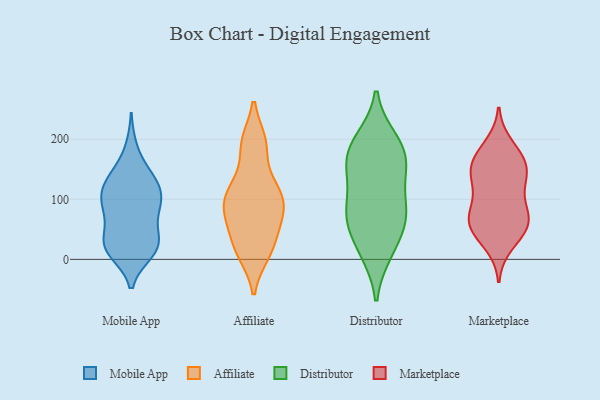
{"axis": {"x": "Energy Usage (MWh)", "y": "Value"}, "legend": ["Affiliate", "Distributor", "Marketplace", "Mobile App"], "data": [{"x": "", "y": 117, "type": "Mobile App"}, {"x": "", "y": 28, "type": "Mobile App"}, {"x": "", "y": 20, "type": "Mobile App"}, {"x": "", "y": 91, "type": "Mobile App"}, {"x": "", "y": 29, "type": "Mobile App"}, {"x": "", "y": 103, "type": "Mobile App"}, {"x": "", "y": 19, "type": "Mobile App"}, {"x": "", "y": 64, "type": "Mobile App"}, {"x": "", "y": 91, "type": "Mobile App"}, {"x": "", "y": 28, "type": "Mobile App"}, {"x": "", "y": 139, "type": "Mobile App"}, {"x": "", "y": 13, "type": "Mobile App"}, {"x": "", "y": 18, "type": "Mobile App"}, {"x": "", "y": 90, "type": "Mobile App"}, {"x": "", "y": 133, "type": "Mobile App"}, {"x": "", "y": 80, "type": "Mobile App"}, {"x": "", "y": 183, "type": "Mobile App"}, {"x": "", "y": 123, "type": "Mobile App"}, {"x": "", "y": 133, "type": "Mobile App"}, {"x": "", "y": 87, "type": "Affiliate"}, {"x": "", "y": 119, "type": "Affiliate"}, {"x": "", "y": 194, "type": "Affiliate"}, {"x": "", "y": 11, "type": "Affiliate"}, {"x": "", "y": 75, "type": "Affiliate"}, {"x": "", "y": 78, "type": "Affiliate"}, {"x": "", "y": 116, "type": "Affiliate"}, {"x": "", "y": 37, "type": "Affiliate"}, {"x": "", "y": 18, "type": "Affiliate"}, {"x": "", "y": 10, "type": "Affiliate"}, {"x": "", "y": 103, "type": "Affiliate"}, {"x": "", "y": 194, "type": "Affiliate"}, {"x": "", "y": 124, "type": "Affiliate"}, {"x": "", "y": 88, "type": "Affiliate"}, {"x": "", "y": 191, "type": "Affiliate"}, {"x": "", "y": 55, "type": "Affiliate"}, {"x": "", "y": 71, "type": "Distributor"}, {"x": "", "y": 198, "type": "Distributor"}, {"x": "", "y": 75, "type": "Distributor"}, {"x": "", "y": 199, "type": "Distributor"}, {"x": "", "y": 52, "type": "Distributor"}, {"x": "", "y": 149, "type": "Distributor"}, {"x": "", "y": 12, "type": "Distributor"}, {"x": "", "y": 161, "type": "Distributor"}, {"x": "", "y": 82, "type": "Distributor"}, {"x": "", "y": 80, "type": "Distributor"}, {"x": "", "y": 169, "type": "Distributor"}, {"x": "", "y": 124, "type": "Distributor"}, {"x": "", "y": 15, "type": "Distributor"}, {"x": "", "y": 172, "type": "Distributor"}, {"x": "", "y": 66, "type": "Marketplace"}, {"x": "", "y": 153, "type": "Marketplace"}, {"x": "", "y": 25, "type": "Marketplace"}, {"x": "", "y": 132, "type": "Marketplace"}, {"x": "", "y": 60, "type": "Marketplace"}, {"x": "", "y": 68, "type": "Marketplace"}, {"x": "", "y": 133, "type": "Marketplace"}, {"x": "", "y": 52, "type": "Marketplace"}, {"x": "", "y": 85, "type": "Marketplace"}, {"x": "", "y": 190, "type": "Marketplace"}, {"x": "", "y": 163, "type": "Marketplace"}, {"x": "", "y": 138, "type": "Marketplace"}, {"x": "", "y": 43, "type": "Marketplace"}, {"x": "", "y": 65, "type": "Marketplace"}, {"x": "", "y": 160, "type": "Marketplace"}, {"x": "", "y": 174, "type": "Marketplace"}, {"x": "", "y": 102, "type": "Marketplace"}]}